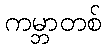
ကမ္ဘာတစ်